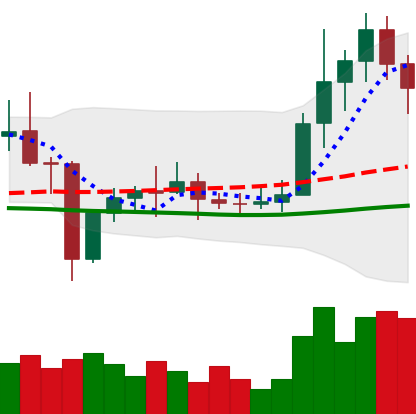
Ticker: ETC-USD
Chart end date: 2021-01-08
Forward return: 9.272%
Label: up_7plus